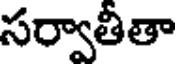
సర్వాతీతా